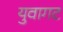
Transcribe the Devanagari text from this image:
युवागट